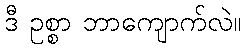
ဒီ ဥစ္စာ ဘာကျောက်လဲ။